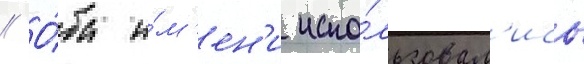
// О́ба и́м'ен'и испо́льзовал'ись